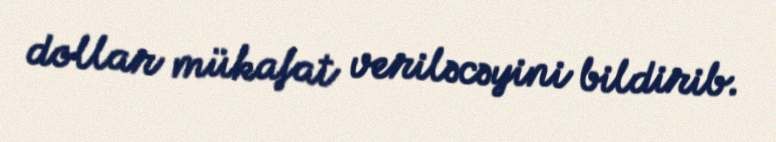
dollar mükafat veriləcəyini bildirib.